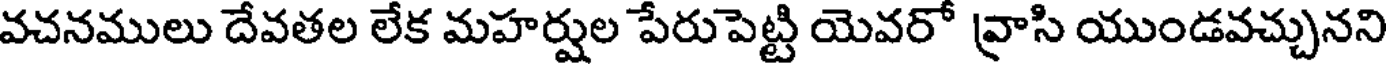
వచనములు దేవతల లేక మహర్షుల పేరుపెట్టి యెవరో వ్రాసి యుండవచ్చునని